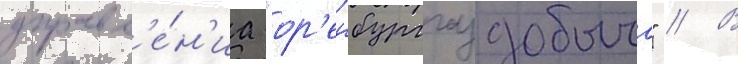
управл'е́н'иа "ор'енбурггаздобыча" // В